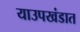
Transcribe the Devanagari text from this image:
याउपखंडात